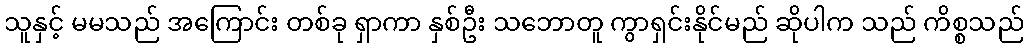
သူနှင့် မမသည် အကြောင်း တစ်ခု ရှာကာ နှစ်ဦး သဘောတူ ကွာရှင်းနိုင်မည် ဆိုပါက သည် ကိစ္စသည်